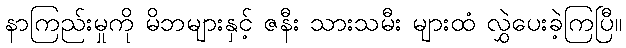
နာကြည်းမှုကို မိဘများနှင့် ဇနီး သားသမီး များထံ လွှဲပေးခဲ့ကြပြီ။